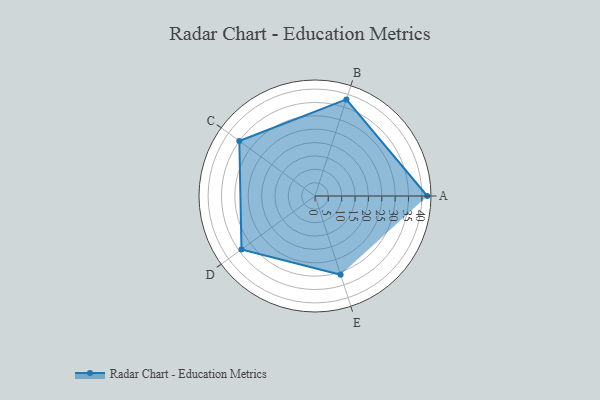
{"axis": {"x": "Skill", "y": "Score"}, "legend": ["Profile"], "data": [{"x": "A", "y": 42.0, "type": "Profile"}, {"x": "B", "y": 38.0, "type": "Profile"}, {"x": "C", "y": 35.0, "type": "Profile"}, {"x": "D", "y": 34.0, "type": "Profile"}, {"x": "E", "y": 31.0, "type": "Profile"}]}